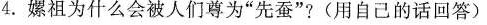
4.嫘祖为什么会被人们尊为”先蚕”?(用自己的话回答)